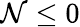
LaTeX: \mathcal{N}\le0